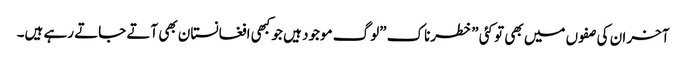
آخر ان کی صفوں میں بھی تو کئی \”خطرناک \”لوگ موجود ہیں جو کبھی افغانستان بھی آتے جاتے رہے ہیں۔